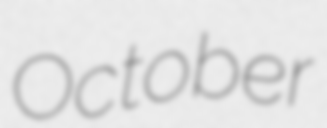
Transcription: October